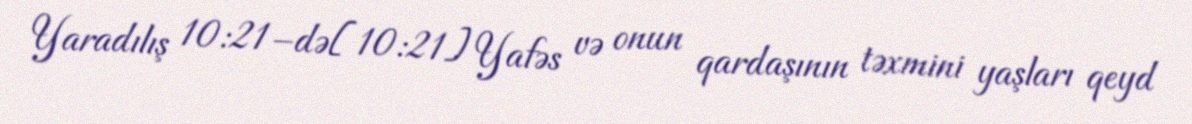
Yaradılış 10:21–də[10:21] Yafəs və onun qardaşının təxmini yaşları qeyd